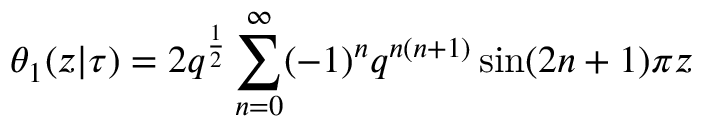
\theta _ { 1 } ( z | \tau ) = 2 q ^ { \frac { 1 } { 2 } } \sum _ { n = 0 } ^ { \infty } ( - 1 ) ^ { n } q ^ { n ( n + 1 ) } \sin ( 2 n + 1 ) \pi z